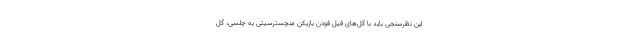
این نظرسنجی باید با گل‌های فیل فودن بازیکن منچسترسیتی به چلسی، گل